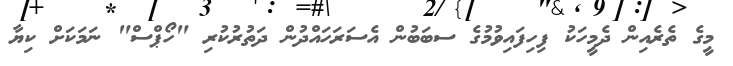
މީގެ ތެރެއިން ދެމީހަކު ފިހިފައިވުމުގެ ސބަބުން އެސަރަހައްދުން ދަތުރުކުރި "ހޯޕްސް" ނަމަކަށް ކިޔާ